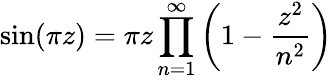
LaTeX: \sin(\pi z)=\pi z\displaystyle\prod_{n=1}^{\infty}\left(1-{\frac{z^{2}}{n^{2}}}\right)